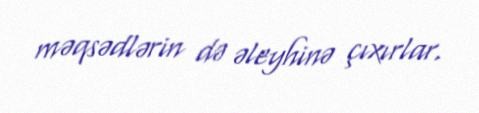
məqsədlərin də əleyhinə çıxırlar.